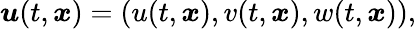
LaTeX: \boldsymbol{u}(t,\boldsymbol{x})=(u(t,\boldsymbol{x}),v(t,\boldsymbol{x}),w(t,\boldsymbol{x})),